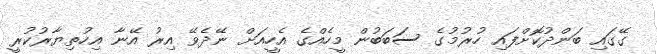
ގޭގައި ބަންދުކޮށްފައި ހުރުމުގެ ސަބަބުން މީހެއްގެ އެހީއަށް ނޭދެވޭ އިރު އޭނާ އިހުތިޔާރުކުރީ